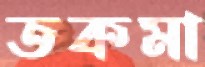
তকমা